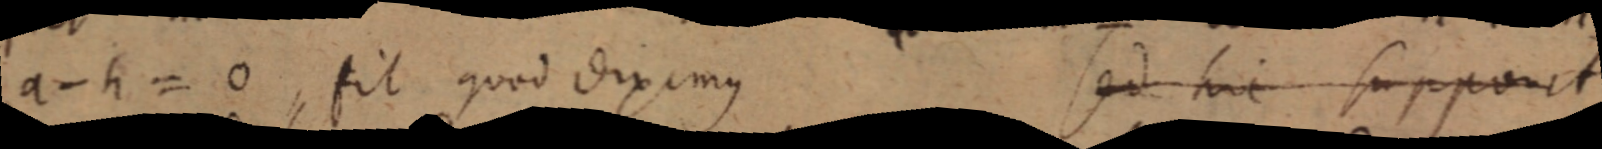
a - h = O, sit quod diximus sed hic supponit